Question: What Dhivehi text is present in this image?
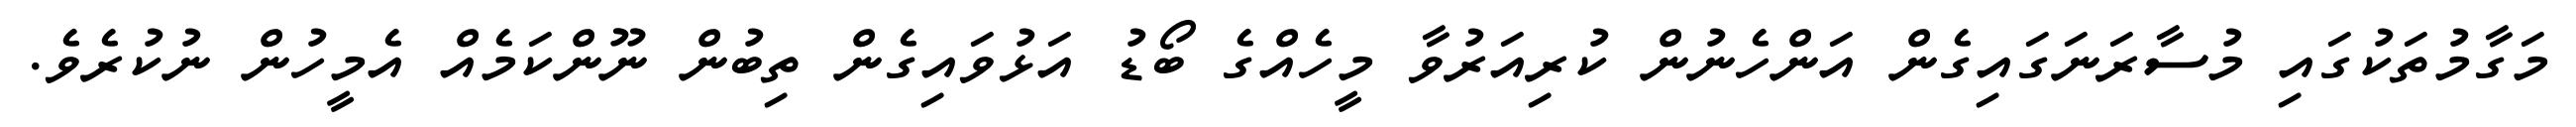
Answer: މަގާމުތަކުގައި މުސާރަނަގައިގެން އަންހެނުން ކުރިއަރުވާ މީހެއްގެ ބޯޑު އަޅުވައިގެން ތިބުން ނޫންކަމެއް އެމީހުން ނުކުރެވެ.